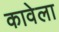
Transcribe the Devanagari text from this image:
कावेला